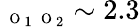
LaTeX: _{\mathrm{~\scriptsize~O~}_{1}\mathrm{~\scriptsize~O~}_{2}}\sim 2.3